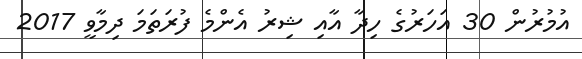
އުމުރުން 30 އަހަރުގެ ހިދާ އާއި ޝިރު އެންމެ ފުރަތަމަ ދިމާވީ 2017